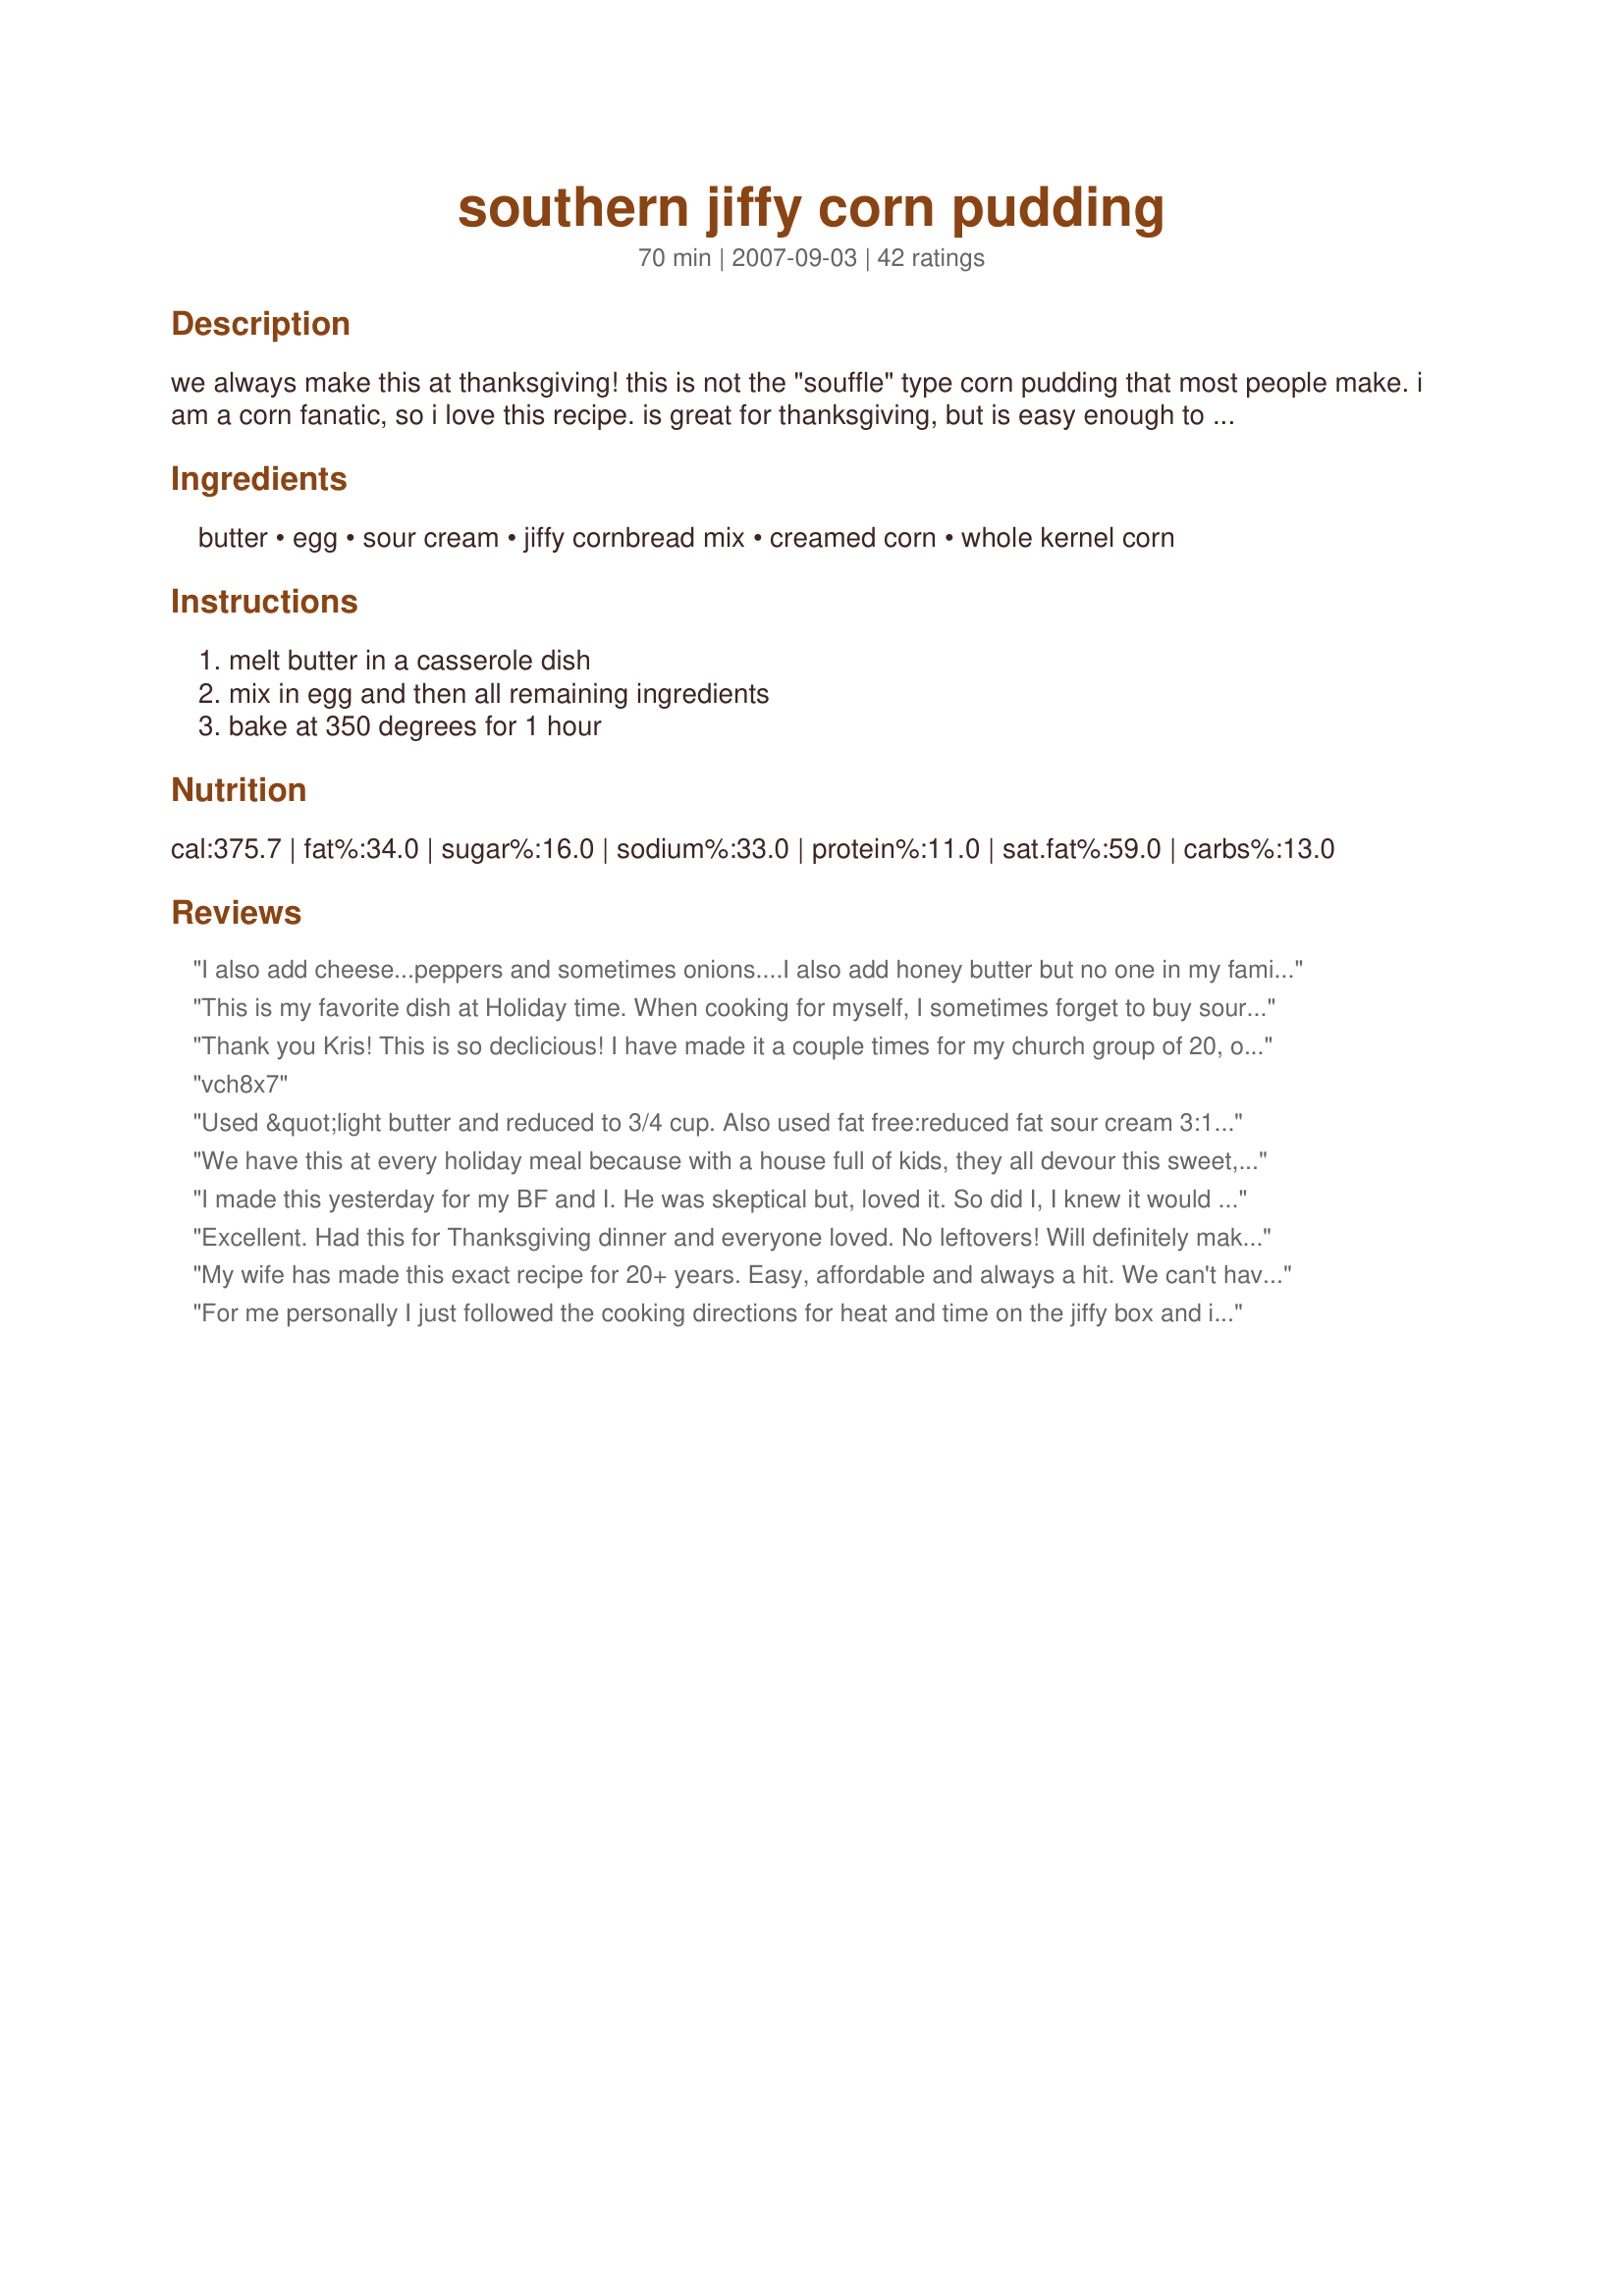
southern jiffy corn pudding
Preparation time: 70 minutes

we always make this at thanksgiving! this is not the "souffle" type corn pudding that most people make. i am a corn fanatic, so i love this recipe. is great for thanksgiving, but is easy enough to make for an everyday meal.

Ingredients:
butter, egg, sour cream, jiffy cornbread mix, creamed corn, whole kernel corn

Steps:
melt butter in a casserole dish, mix in egg and then all remaining ingredients, bake at 350 degrees for 1 hour

Reviews:
I also add cheese...peppers and sometimes onions....I also add honey butter but no one in my family knows that secret!!!!
This is my favorite dish at Holiday time. When cooking for myself, I sometimes forget to buy sour cream and substitute buttermilk and to make it less fattening, I eliminate the butter. But for the family dinner at Holidays I use the best butter and also use frozen corn as this tastes better to me and use 2 eggs for extra richness!. No sugar or added ingredients needed. I have been searching for this recipe a few years when I lost my personal recipe. Now this is it! Also used a 9X9 casserole. I have never had leftovers so now I make a double recipe! Everyone loves this.
Thank you Kris! This is so declicious! I have made it a couple times for my church group of 20, one time I added ortega chilies to the recipe, it was wonderful, and a favorite, and this recipe is such a hit I know I'll be making it again and again and again. And Thanksgiving is coming up, I'm definitely making this one for the family. I love short and simple and delicious, you did all three!
vch8x7
Used &quot;light butter and reduced to 3/4 cup. Also used fat free:reduced fat sour cream 3:1 ratio; 3/4 cup fat free sour cream +1/4 cup reduced fat sour cream. Was totally delicious!!!
We have this at every holiday meal because with a house full of kids, they all devour this sweet, creamy dish. Thanks for posting
I made this yesterday for my BF and I. He was skeptical but, loved it. So did I, I knew it would be good.I just had leftovers for lunch with some ham slices. Thanks for the easy recipe.
Excellent. Had this for Thanksgiving dinner and everyone loved. No leftovers! Will definitely make again.
My wife has made this exact recipe for 20+ years. Easy, affordable and always a hit. We can't have Thanksgiving without this corn.
For me personally I just followed the cooking directions for heat and time on the jiffy box and it still came out super yummy! One of my favorite recipie&#039;s!
I am gonna try this tomorrow, I have all of the ingredients, I hope it turn out well
I really like this recipe too. I&#039;ve made different versions. I add 1 cup chopped green onions, 1 cup red bell peppers, cinnamon (to my taste), and 1 cup shredded cheddar cheese to the mix. About 5 minutes till its done, I add the cheese to the top to make crispy. A hit:)
I made this per directions and it turned out great. I used a 8 X 8 baking dish and added a half tsp of Nutmeg for the holidays. A very easy recipe to make. This is a keeper. Thanks
Made this tonight - I was super suprised at how fast it went together. Took me roughly 5 mins to throw together.. I added siracha sauce to mine when it came out just to add a bit of heat (personal preference) and it was amaze balls! This is def worth the five mins in the kitchen and the wait time for baking. Ty
Outstanding! Simple, easy to make, and yummy--this is the perfect potluck/company//holiday dish. I may try adding chopped green chiles for a variation, but it is perfect as is. Thanks Kris!
Absolutely wonderful! I am a beginner and have just started cooking on a regular basis. I followed the recipe exactly and it was delicious. My boyfriend and I both stuffed ourselves on it. Incredibly easy to make, definitely a keeper!
Can you cook this recipe the day before and reheat
My Great Grandma has been making a very similar recipe like this for years, and now we make it for her and our family during the holidays. We tried this version and it turned out almost exactly the same! The only difference is in her recipe it uses 2 eggs and you don't drain the corn. We made both this recipe and my Great G-ma's for Christmas eve and we couldn't tell the difference. Thanks for posting this! It is an excellent side dish and reminds me of my family and the holidays!
Very easy and very good but it needs a little sugar
I made this for Fall 2007 PAC. WOW - that was good! I could have eaten the whole casserole myself! VERY easy recipe and very good. This will go in my Favorites cookbook for sure! Thanks for the great recipe, Kris!
I also made this recipe but I added some grated cheese and a little glazed onion to the mixture and it turned out great.
A classic! This is my go-to side for ribs in the summer and it NEVER disappoints!
I love this recipe. I add 1c. diced ham and it makes a nice dinner dish.
Love this recipe. Since I cook for one, I bake in muffin tins and freeze what I won&#039;t be eating right away. Such a nice treat to pull a serving out of the freezer and heat it up with dinner!
I make an almost identical version of this, but we refer to it as Corn Spoon Bread. As you mentioned in your post, corn pudding is completely different. http://southern.food.com/recipe/corn-spoon-bread-270105
I doubled this corn recipe. How long do I need to cook it?
Made this for Christmas dinner with ok reviews. Most of the family thought it was too sweet and didn&#039;t want it again. A couple friends enjoyed it. Not sure if I will make it again.
This recipe was a hit!
I tried this dish last night and just loved it. I'm used to the traditional souffle style recipe, so this was different. My boyfriend is a somewhat finicky eater, and he loved it as well. I substituted a can of sweetened condensed milk for the sour cream to make it more pudding like. It was gooey, yummy comfort. Absolutely fabulous!
Was a favorite at our Thanksgiving meal today! Followed the recipe exactly. Soooo yummy!
Making this today...will let you know but it looks like a no fail...
Best corn pudding ever, the only chasnge i made was a cup of shreded cheddar and paprika on top...it was fabulous!!!????
So good! Made this exactly as stated but added 6TB of sugar to make it a bit sweeter. Just personal preference!
I&#039;ve been making this dish at Thanksgiving for almost 2 decades now. It&#039;s always a favorite.
I tried this recipe in my kitchen last weekend and results are awesome. It&#039;s very delicious &amp; tasty. Thanks for posting this here!!
Yummy! I doubled this (but only used 1/2 cup butter) and baked in a 13x9 for one hour. (I think for a single recipe, I would take it out before an hour was up or it might get overdone.) I melted the butter in the microwave in a large bowl then mixed in the corn first before adding everything else (eggs next to last, Jiffy mix last) as I was afraid the eggs would scramble in the hot butter. Took to a Christmas potluck and left with an almost empty dish. Thanks for sharing!
I find more flavor in Vacuum Packed Whole Kernel corn.
I made this last night and it was AMAZING. I did tweak it slightly by using 2 eggs instead of just 1. Also, I didn't use Jiffy brand mix (I used a gluten free brand instead). Mine wasn't quite done at 1 hour; I think I baked it about an hour and fifteen minutes, total. I will definitely make this again. Oh, and one bit of advice: Let the melted butter cool a bit before adding the eggs, so that you don't cook them. I'm surprised the recipe directions didn't mention this.
Made this for a dinner party where the host was preparing a pork tenderloin and it was a great hit! The hosts even asked to keep the leftovers to serve with andouille sausage the next day. I doubled the recipe, used a 9x13 disposable pan and baked it an additional 10 minutes.
Love-Love-Love corn pudding!! Haven't found one I didn't like yet!! Can't wait to try this one!!!
I want to try this tomorrow but I have no creamed corn....is there any addition i can use to substitute? Like cream or milk ? There is another recipe that does not seem to use an egg , just the jiffy mix and corn and sour cream
Made this for the first time for Thanksgiving this year when we needed something quick but yummy. Easy as can be. Was able to set it on the counter to cool and then re-warm later with no loss of quality. &lt;br/&gt;&lt;br/&gt;One thing I do suggest is, as another poster did, cool the melted butter before adding so the egg won&#039;t cook.&lt;br/&gt;&lt;br/&gt;I sprayed a low casserole dish with a bit of cooking spray to ensure it didn&#039;t stick and it worked just fine that way. Delish!
